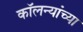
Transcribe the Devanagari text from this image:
कॉलन्यांच्या